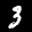
Label: 3